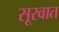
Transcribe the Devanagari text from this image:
सूरवात